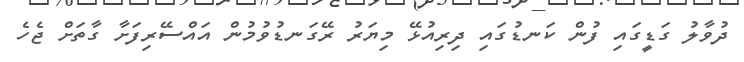
ދުވާލު ގަޑީގައި ފުން ކަނޑުގައި ދިރިއުޅޭ މިޔަރު ރޭގަނޑުވުމުން އައްސޭރިފަށާ ގާތަށް ޖެހެ